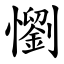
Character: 懰